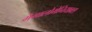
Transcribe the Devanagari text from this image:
मेगालोमेनियाक्स